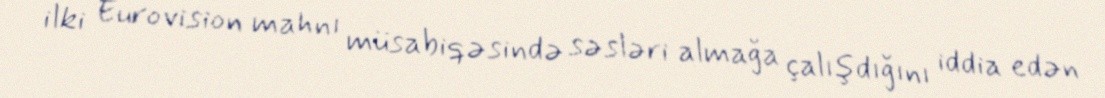
ilki Eurovision mahnı müsabiqəsində səsləri almağa çalışdığını iddia edən